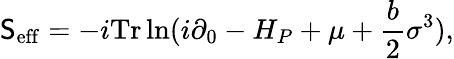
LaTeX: \mathsf{S}_{\mathrm{{eff}}}=-i\mathrm{{Tr}}\ln(i\partial_{0}-H_{P}+\mu+\frac{{b}}{{2}}\sigma^{3}),